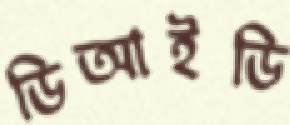
ডিআইডি